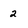
Character: 2